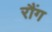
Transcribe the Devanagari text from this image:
रौंग